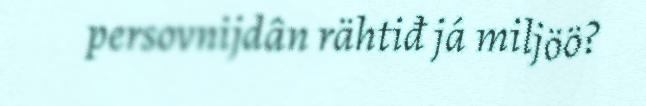
persovnijdân rähtiđ já miljöö?